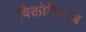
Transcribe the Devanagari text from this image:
विक्तोरियाज़